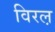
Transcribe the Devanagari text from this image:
विरल़